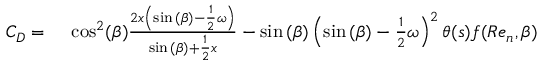
\begin{array} { r l } { C _ { D } = { } } & { { } \cos ^ { 2 } ( \beta ) \frac { 2 x \left( \sin { ( \beta ) } - \frac { 1 } { 2 } \omega \right) } { \sin { ( \beta ) } + \frac { 1 } { 2 } x } - \sin { ( \beta ) } \left( \sin { ( \beta ) } - \frac { 1 } { 2 } \omega \right) ^ { 2 } \theta ( s ) f ( R e _ { n } , \beta ) } \end{array}